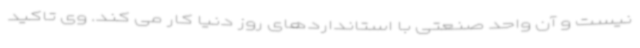
نیست و آن واحد صنعتی با استانداردهای روز دنیا کار می کند. وی تاکید